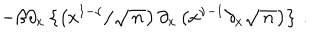
LaTeX: - \beta \partial _ { x } \left\{ \left( x ^ { 1 - \nu } / \sqrt { \, n \, } \right) \partial _ { x } \left( x ^ { \nu - 1 } \partial _ { x } \sqrt { \, n \, } \right) \right\} \, .